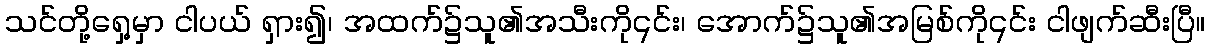
သင်တို့ရှေ့မှာ ငါပယ် ရှား၍၊ အထက်၌သူ၏အသီးကို၎င်း၊ အောက်၌သူ၏အမြစ်ကို၎င်း ငါဖျက်ဆီးပြီ။